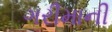
ગરીમાની